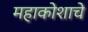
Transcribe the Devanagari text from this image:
महाकोशाचे